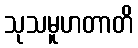
သုသမူဟတာတိ